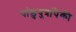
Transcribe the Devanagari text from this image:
पांडुपुत्रांपैकी